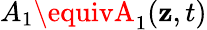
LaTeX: A_{1}\equivA_{1}(\mathbf{z},t)